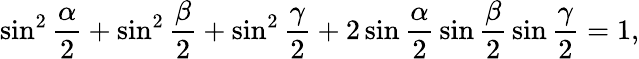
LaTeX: \sin^{2}{\frac{\alpha}{2}}+\sin^{2}{\frac{\beta}{2}}+\sin^{2}{\frac{\gamma}{2}}+2\sin{\frac{\alpha}{2}}\sin{\frac{\beta}{2}}\sin{\frac{\gamma}{2}}=1,